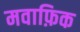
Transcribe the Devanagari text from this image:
मवाफ़िक